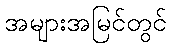
အများအမြင်တွင်